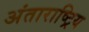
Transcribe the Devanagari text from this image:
अंताराष्ट्रिय